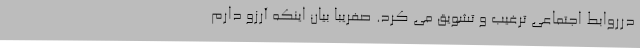
درروابط اجتماعی ترغیب و تشویق می کرد. صفریبا بیان اینکه آرزو دارم